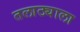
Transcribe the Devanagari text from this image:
तलाठ्याला